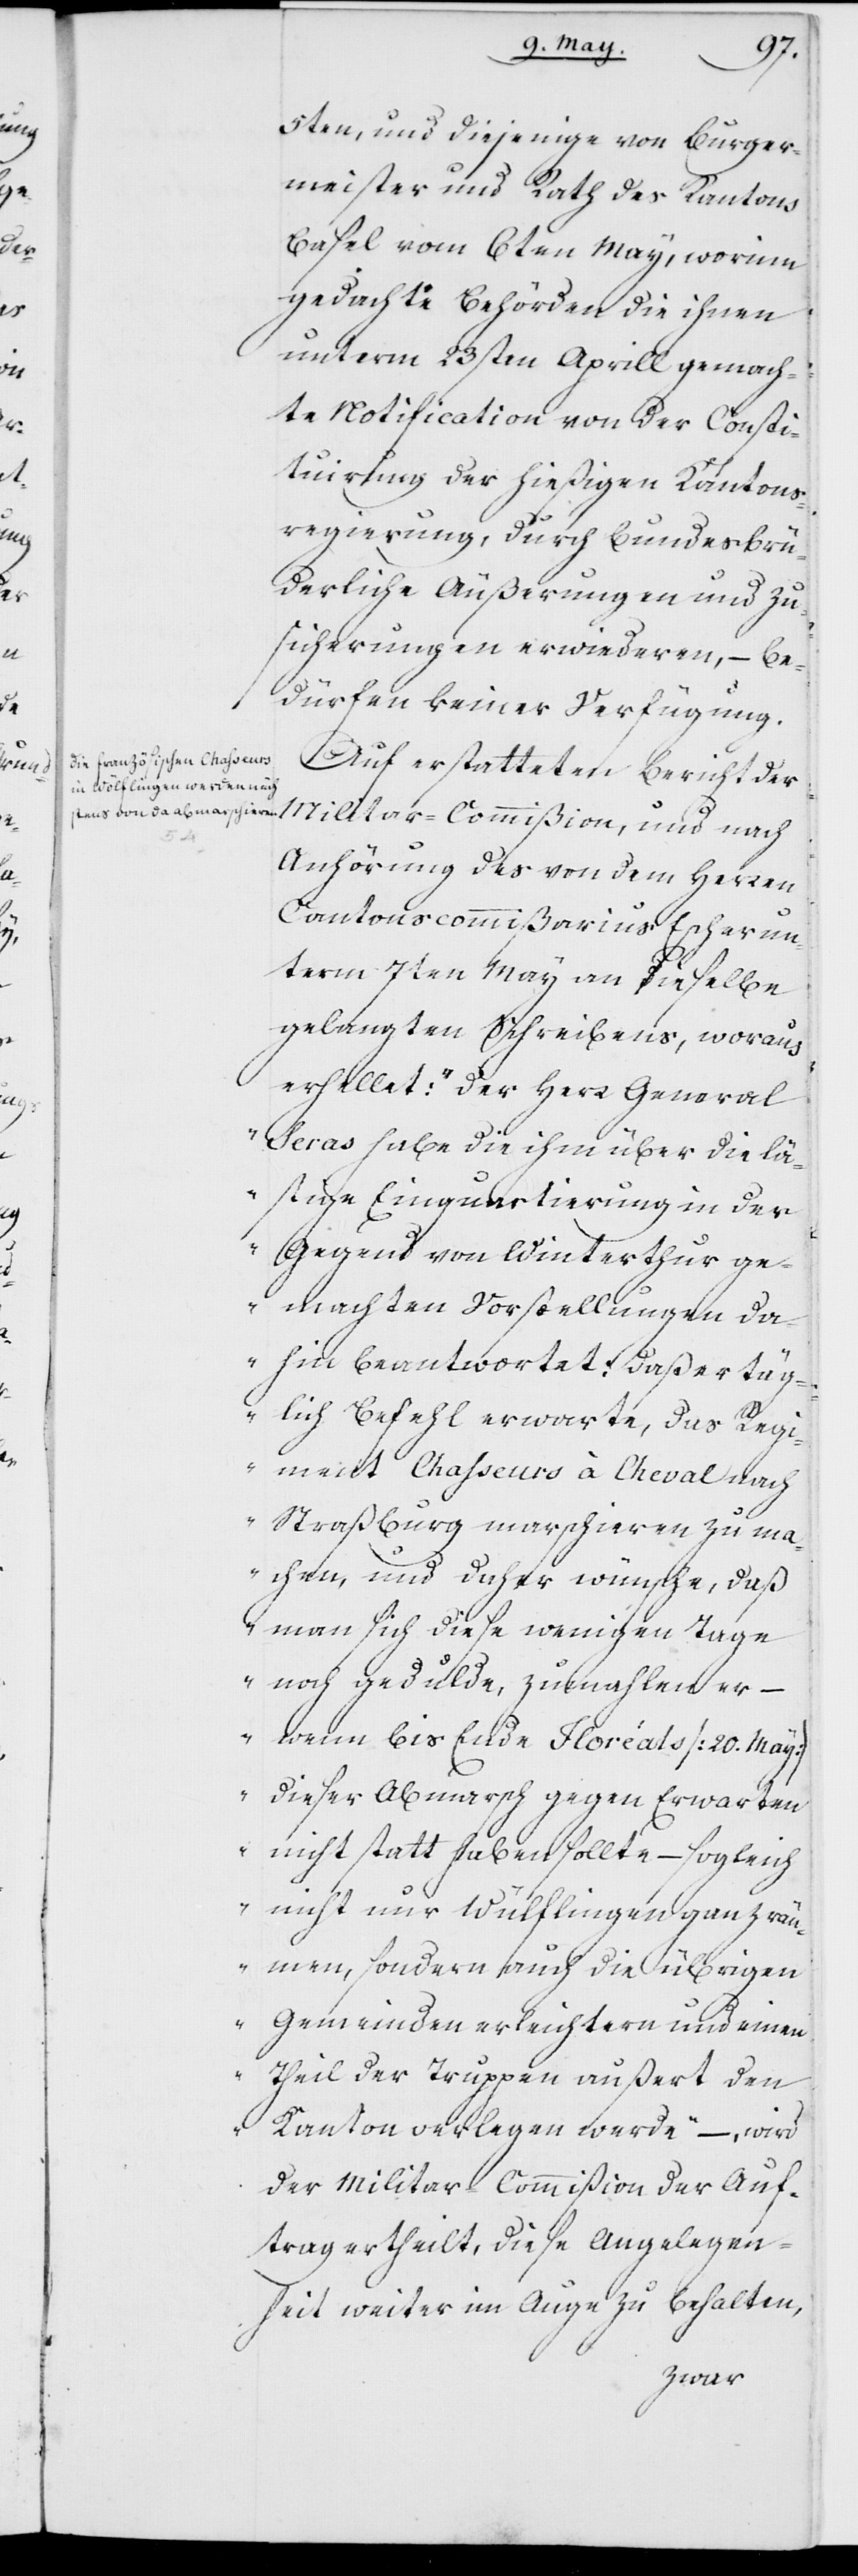
5ten, und diejenige von Burger¬
meister und Rath des Kantons
Basel vom 6ten May, worinn
gedachte Behörden die ihnen
unterm 23sten Aprill gemach¬
te Notification von der Consti¬
tuirung der hießigen Kantons¬
regierung, durch bundesbrü¬
derliche Äußerungen und Zu¬
sicherungen erwiederen, – be¬
dürfen keiner Verfügung.
Auf erstatteten Bericht der
Militar-Commißion und nach
Anhörung des von dem Herren
Cantonscommißarius Escher un¬
term 7ten May an dieselbe
gelangten Schreibens, worau¬
s
erhellet: „der Herr General
Seras habe die ihm über die lä¬
stige Einquartierung in der
Gegend von Winterthur ge¬
machten Vorstellungen da¬
hin beantwortet: daß er täg¬
lich Befehl erwarte, das Regi¬
ment Chasseurs à Cheval nach
Straßburg marschieren zu ma¬
chen, und daher wünsche, daß
man sich diese wenigen Tage
noch gedulde, zumahlen er –
wenn bis Ende Floréals (20. May)
dieser Abmarsch gegen Erwarten
nicht statt haben sollte – sogleich
nicht nur Wülflingen ganz rä¬
umen, sondern auch die übrigen
Gemeinden erleichtern und einen
Theil der Truppen außert den
Kanton verlegen werde“ –, wird
der Militar Commißion der Auf¬
trag ertheilt, diese Angelegen¬
heit weiter im Auge zu behalten,